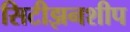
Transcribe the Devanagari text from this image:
सिटीझनशीप